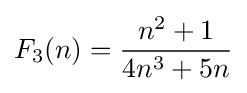
F_{3}(n)={\frac {n^{2}+1}{4n^{3}+5n}}